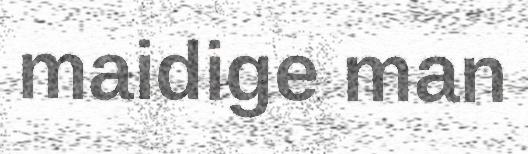
maidige man